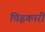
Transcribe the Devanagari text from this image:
चिह्नकारी